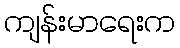
ကျန်းမာရေးက